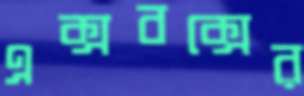
এক্সবক্সের